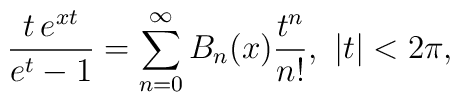
\frac{t\,e^{xt}}{e^{t}-1}=\sum_{n=0}^{\infty}B_{n}(x)\frac{t^{n}}{n!}, \,\, |t|<2\pi,